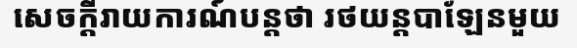
សេចក្តីរាយការណ៍បន្តថា រថយន្តបាឡែនមួយ